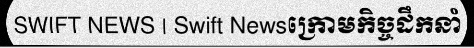
SWIFT NEWS | Swift Newsក្រោមកិច្ចដឹកនាំ